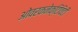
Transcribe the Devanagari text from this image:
ओवरकनेक्टिविटी